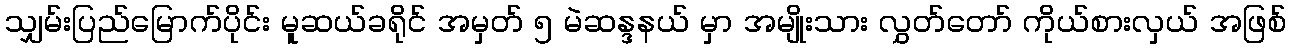
သျှမ်းပြည်မြောက်ပိုင်း မူဆယ်ခရိုင် အမှတ် ၅ မဲဆန္ဒနယ် မှာ အမျိုးသား လွှတ်တော် ကိုယ်စားလှယ် အဖြစ်